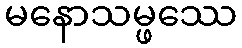
မနောသမ္ဖဿေ